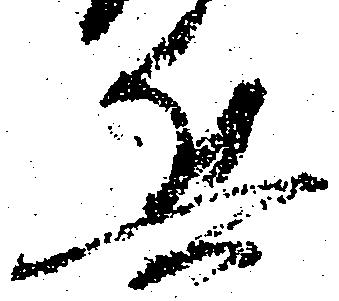
兵